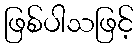
ဖြစ်ပါသဖြင့်